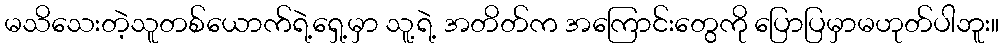
မသိသေးတဲ့သူတစ်ယောက်ရဲ့ရှေ့မှာ သူ့ရဲ့ အတိတ်က အကြောင်းတွေကို ပြောပြမှာမဟုတ်ပါဘူး။